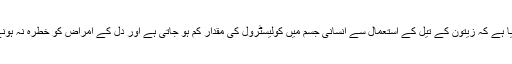
جدید تحقیق نے یہ بتایا ہے کہ زیتون کے تیل کے استعمال سے انسانی جسم میں کولیسٹرول کی مقدار کم ہو جاتی ہے اور دل کے امراض کو خطرہ نہ ہونے کے برابر ہوتا ہے۔